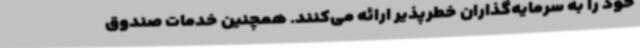
خود را به سرمایه‌گذاران خطرپذیر ارائه می‌کنند. همچنین خدمات صندوق